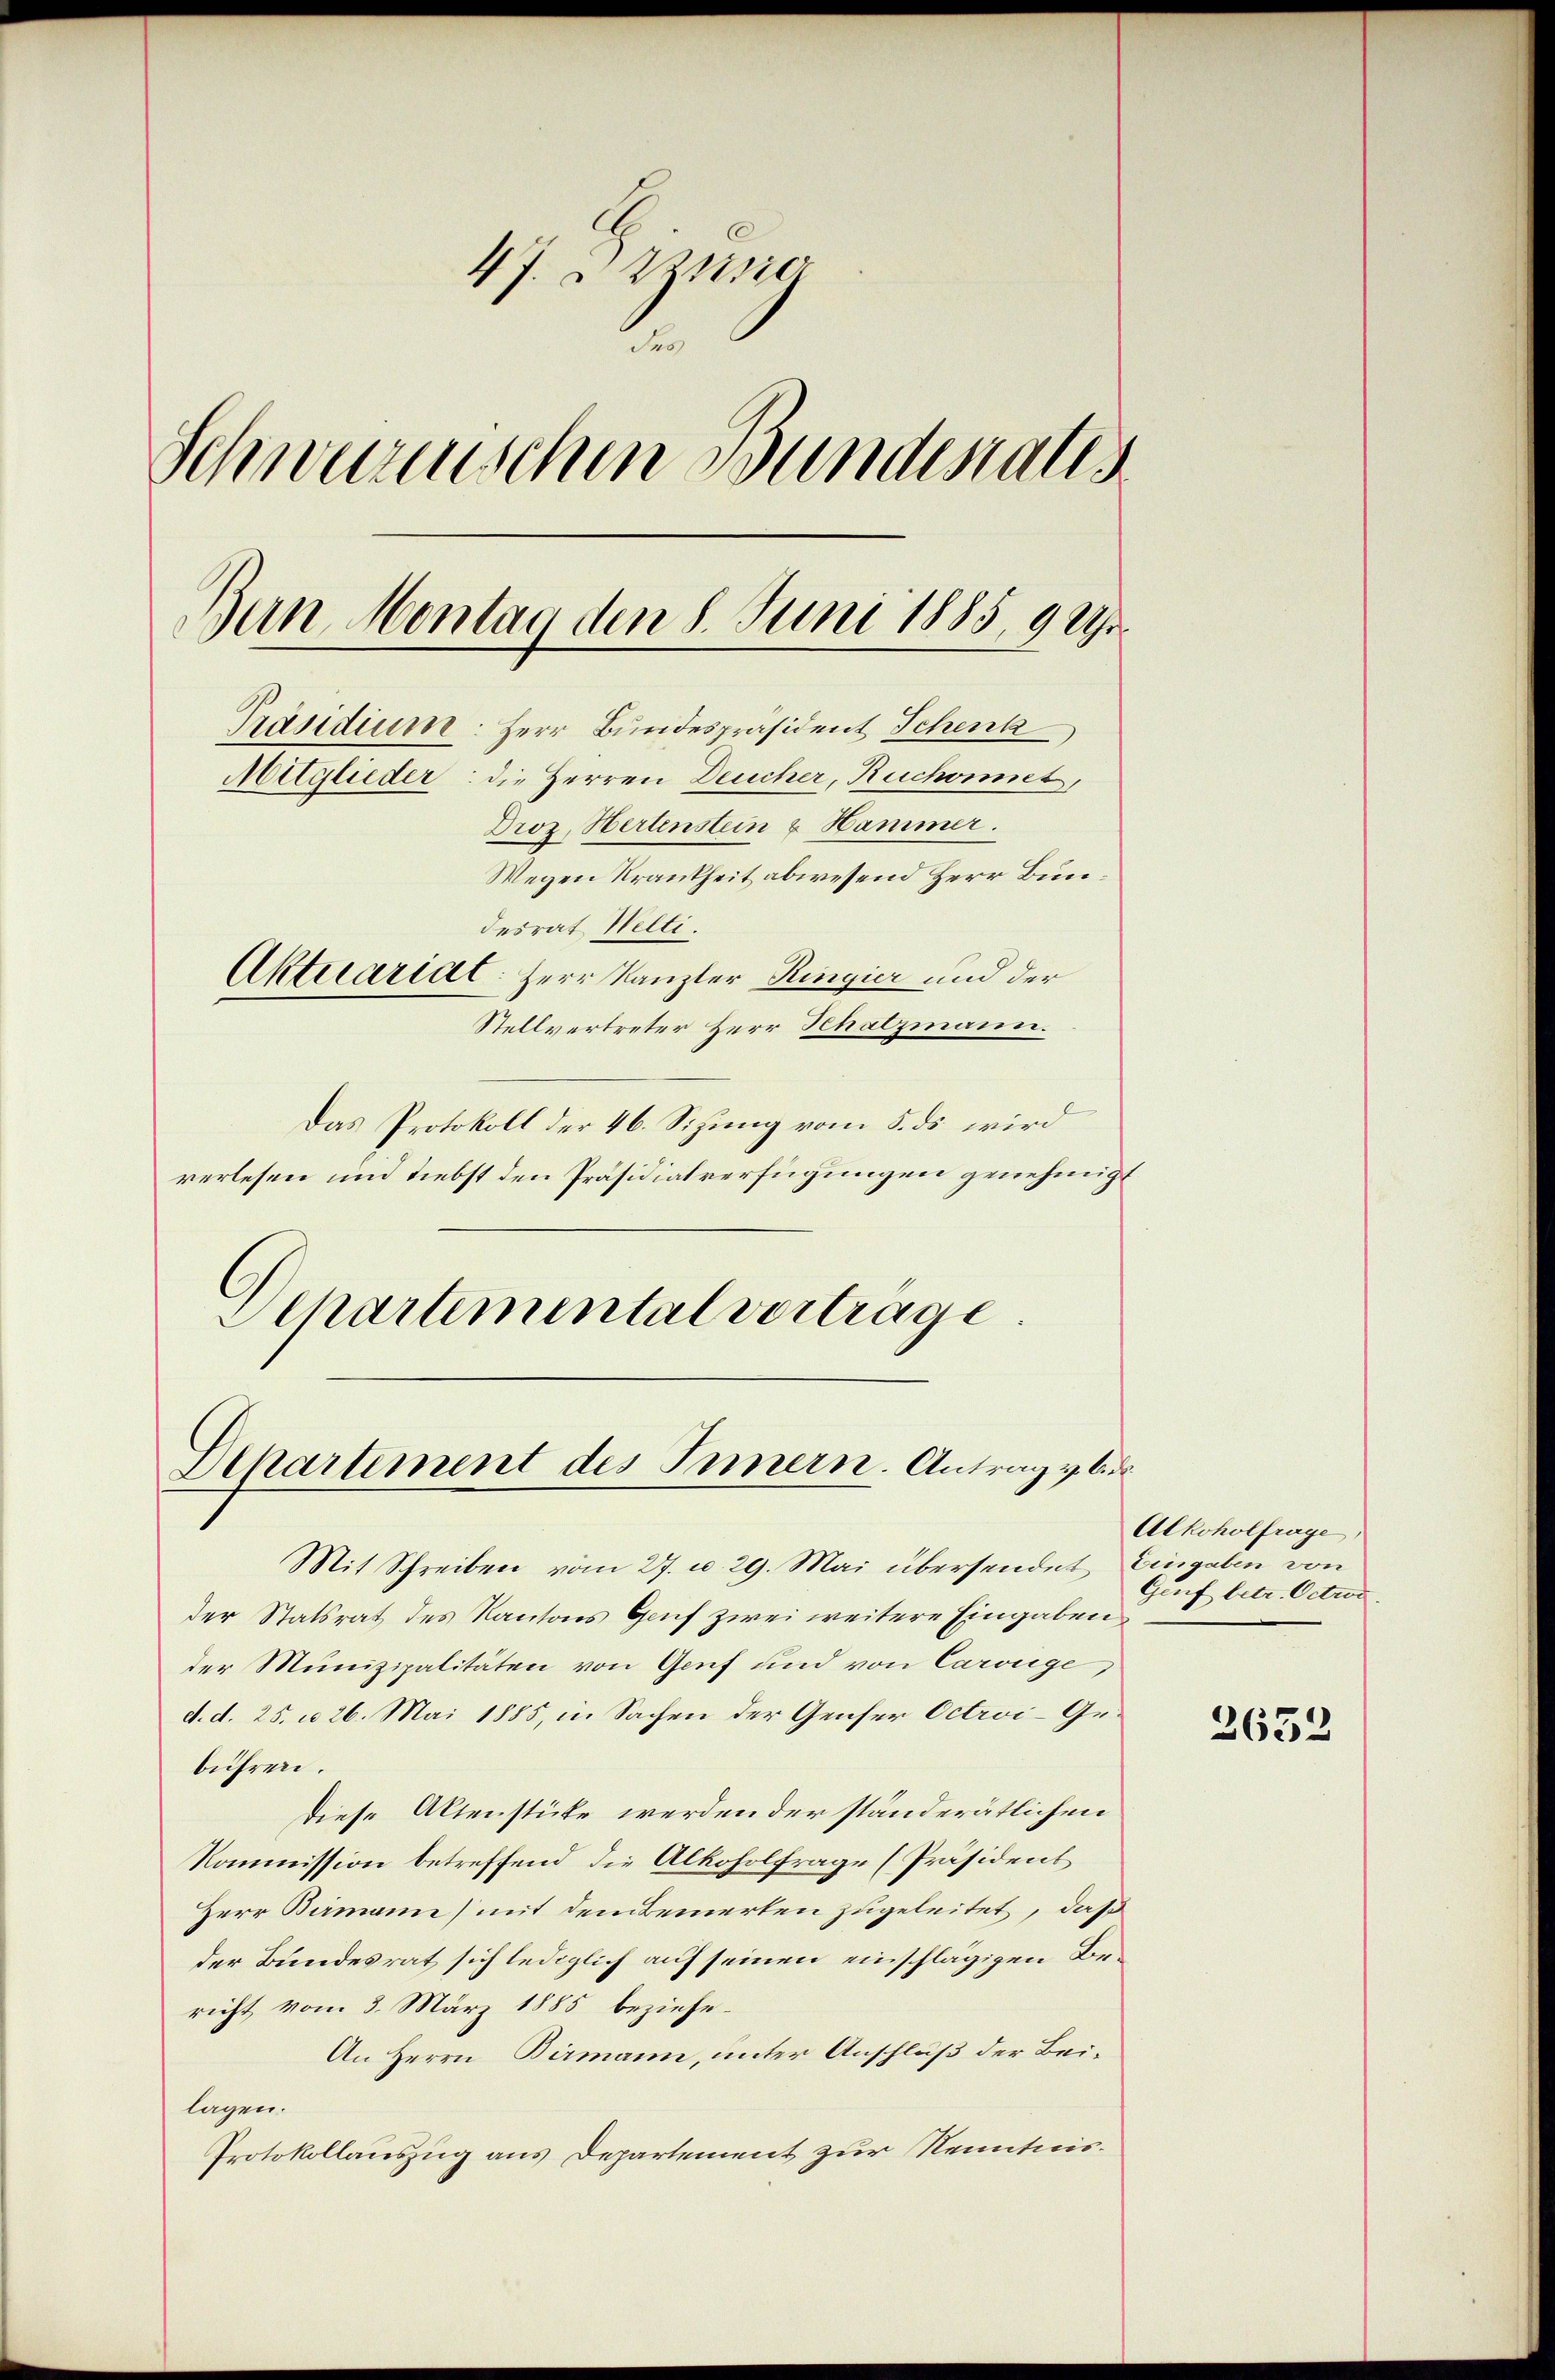
47. Zune
e
Schwurerischen Bundestalls
Bun Montag den 8. Juni 1885, 9 Uhr
Präsidium. Herr Bundespräsident Schenk
Mitglieder: die Herren Deucher, Ruchoiet,
Droz. Hertenstein & Hammer.
Wegen Krankheit abwesend Herr Bundesrat Welti.
Aktuariat: Herr Kanzler Ringier und der
Stellvertreter Herr Schatzmann.

Das Protokoll der 46. Sitzung vom 5. ds. wird
verlesen und Liebst den Präsidialverfügungen genehmigt
Schartemental vortrage

Departement des Innern. Antrag u. bis

Mit Schreiben vom 27. u. 29. Mai übersendet Eingaben von
der Statsrat des Kantons Gruf zwei weitere Eingaben
der Munizipalitäten von Genf und von Carouge,
d. d. 25. u 26. Mai 1885, in Sachen der Genser Octroi-Gebühren.
diese Aktenstücke werden der ständerätlichen
Kommission betreffend die Alkoholfrage [Präsident
Herr Birmann (mit dem bemerken zugeleitet, daß
der Bundesrat sich lediglich auf seinen einschlägigen Bericht vom 3. März 1885 beziehe¬
An Herrn Birmann, unter Anschluß der Beilagen.
Protokollauszug aus Departement zur Kenntnis¬

Alkoholfrage,
Genf betr. Octroc

2652